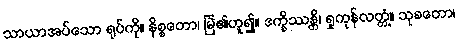
သာယာအပ်သော ရုပ်ကို။ နိစ္စတော၊ မြဲ၏ဟူ၍။ ဒက္ခိဿန္တိ၊ ရှုကုန်လတ္တံ့။ သုခတော၊